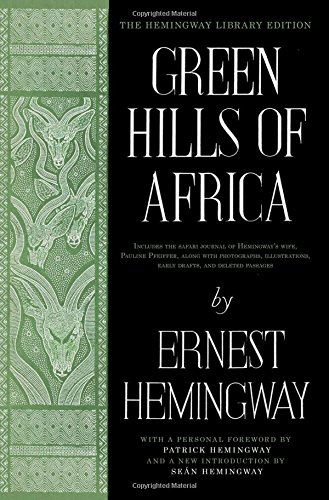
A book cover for Green Hills of Africa: The Hemingway Library Edition; Ernest Hemingway; Travel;